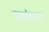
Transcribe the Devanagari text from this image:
एकांतगान